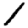
Digit: 1